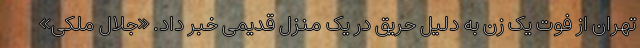
تهران از فوت یک زن به دلیل حریق در یک منزل قدیمی خبر داد. «جلال ملکی»